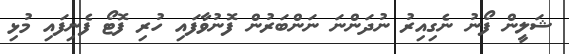
ޝަލީން ފޯނު ނެގިއިރު ނުދަންނަ ނަންބަރުން ފޮނުވާފައި ހުރި ފޮޓޯ ފެނިފައި މުޅި